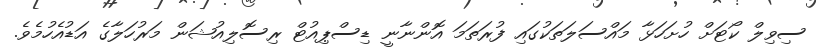
ސިވިލް ކޯޓަށް ހުށަހަޅާ މައްސަލަތަކުގައި ފުރަތަމަ އޮންނާނީ ޑިސްޕިއުޓް ރިސޮލިއުޝަން މަރުހަލާގެ އަޑުއެހުމެވެ.